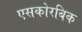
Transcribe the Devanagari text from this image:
एसकोरबिक